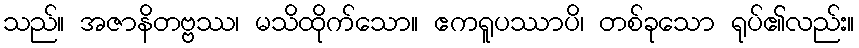
သည်။ အဇာနိတဗ္ဗဿ၊ မသိထိုက်သော။ ဧကရူပဿာပိ၊ တစ်ခုသော ရုပ်၏လည်း။